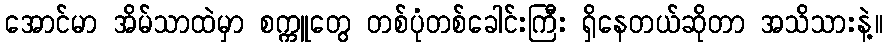
အောင်မာ အိမ်သာထဲမှာ စက္ကူတွေ တစ်ပုံတစ်ခေါင်းကြီး ရှိနေတယ်ဆိုတာ အသိသားနဲ့။